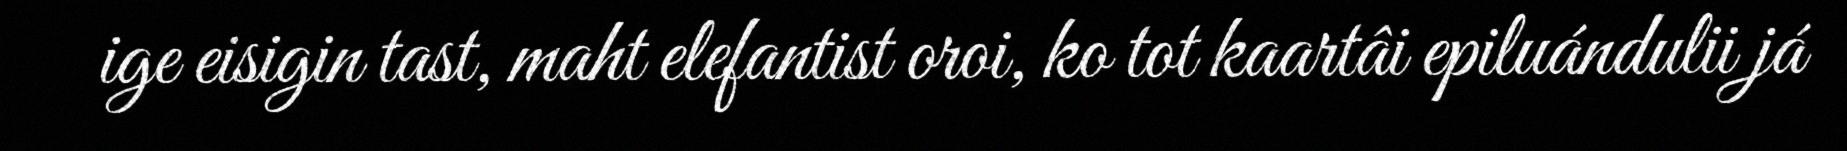
ige eisigin tast, maht elefantist oroi, ko tot kaartâi epiluándulii já